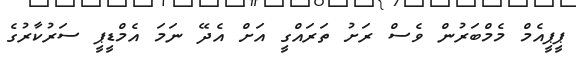
ޕީޕީއެމް މެމްބަރުން ވެސް ރަށު ތަރައްގީ އަށް އެދޭ ނަމަ އެމްޑީޕީ ސަރުކާރުގެ